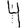
Digit: 4